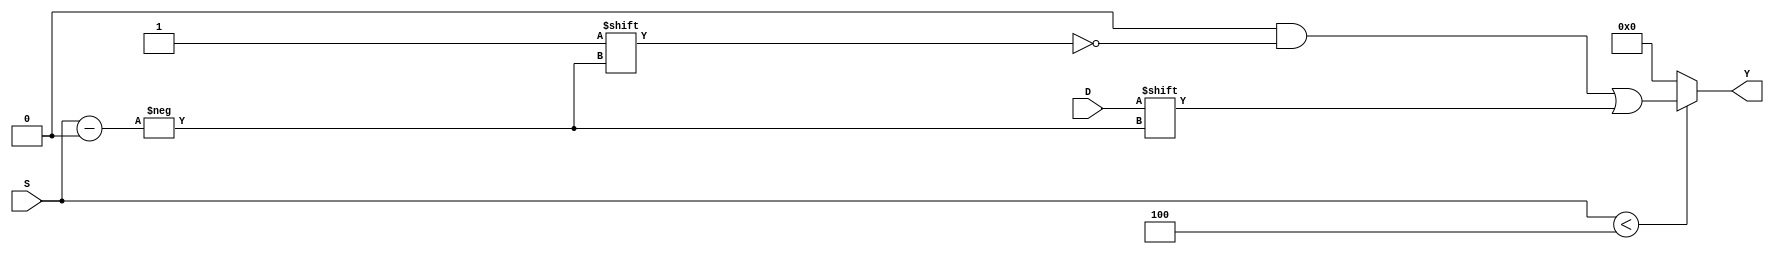
module ParameterizedDemux #(
    parameter N = 4 // Default number of output lines
)(
    input wire D,                       // Data input
    input wire [$clog2(N)-1:0] S,      // Select lines
    output reg [N-1:0] Y                // Output lines
);

// Always block to implement the behavior of the demux
always @(*) begin
    // Default all outputs to low
    Y = {N{1'b0}}; 
    
    if (S < N) begin
        // Route the data input to the selected output line
        Y[S] = D;
    end
end

endmodule